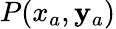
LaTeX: P(x_{a},\mathbf{y}_{a})